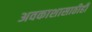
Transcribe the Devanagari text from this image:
अवकाशासाठीही